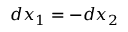
d x _ { 1 } = - d x _ { 2 }